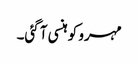
مہرو کو ہنسی آ گئی۔